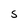
Character: s